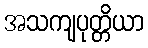
အသကျပုတ္တိယာ